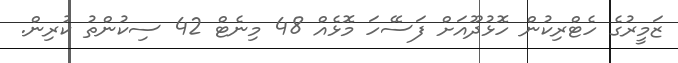
ޒަމީރުގެ ހެޓްރިކުން ހޮޅުދޫއަށް ފަސޭހަ މޮޅެއް 48 މިނެޓް 42 ސިކުންތު ކުރިން.